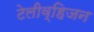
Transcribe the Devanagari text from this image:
टेलीव्हिजन